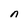
Character: n